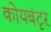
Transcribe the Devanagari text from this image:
कोयबंटृर